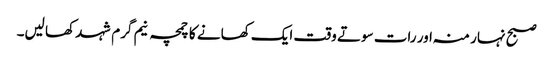
صبح نہار منہ اور رات سوتے وقت ایک کھانے کا چمچہ نیم گرم شہد کھا لیں۔